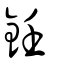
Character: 鈓